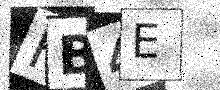
Text: FB4E